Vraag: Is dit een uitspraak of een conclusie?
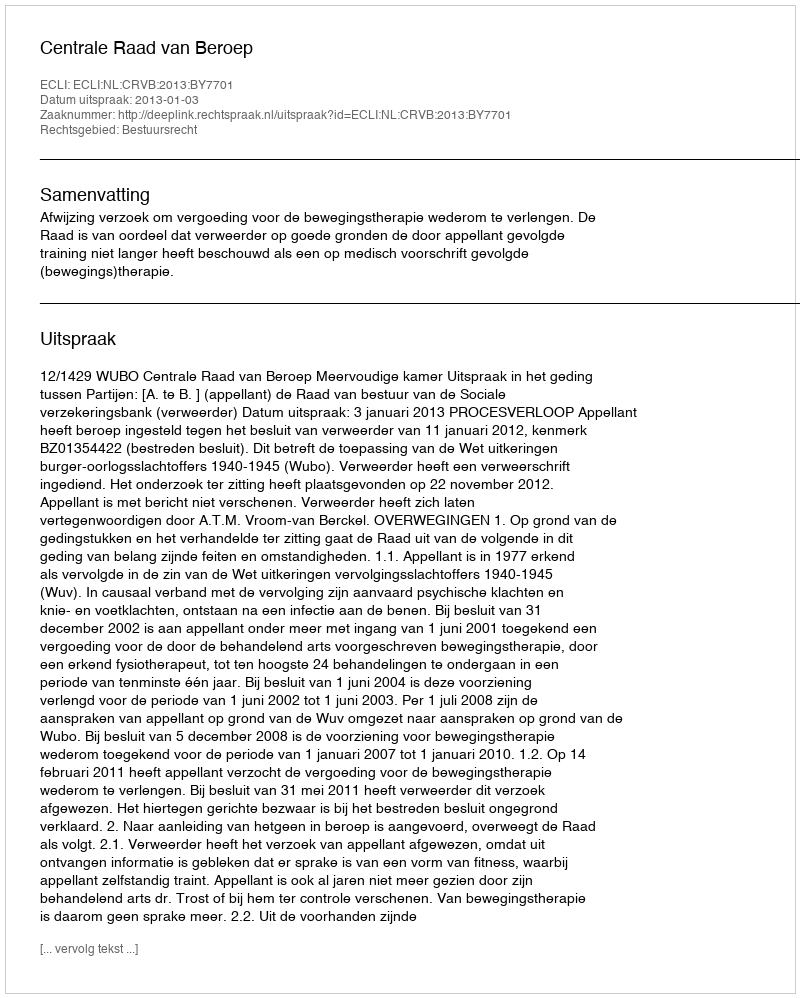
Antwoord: Uitspraak